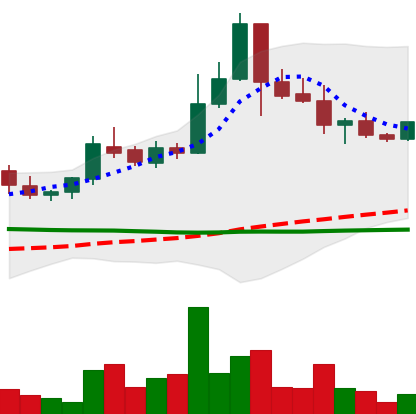
Ticker: BTC-USD
Chart end date: 2015-07-20
Forward return: 3.483%
Label: up_3_5